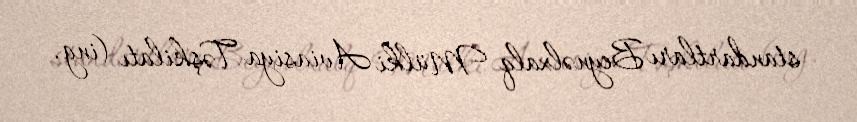
standartları Beynəlxalq Mülki Aviasiya Təşkilatı (ing.